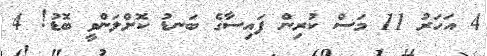
4 އަހަރު 11 މަސް ކުރިން ފައިސާގެ ބަނޑު ކޮށްލަންވީ ބޮޑު! 4